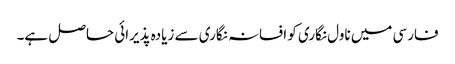
فارسی میں ناول نگاری کو افسانہ نگاری سے زیادہ پذیرائی حاصل ہے۔